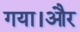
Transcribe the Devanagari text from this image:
गया।और